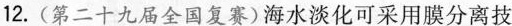
12.(第二十九届全国复赛)海水淡化可采用膜分离技